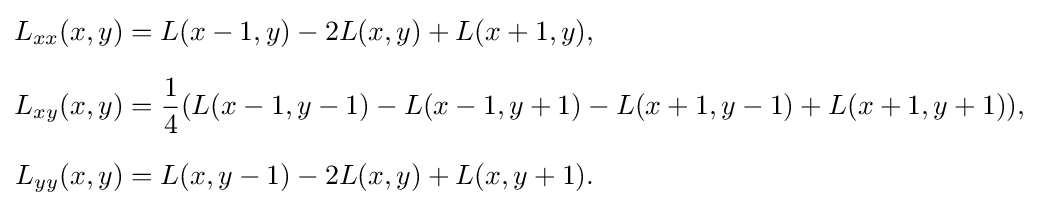
{\begin{aligned}L_{xx}(x,y)&=L(x-1,y)-2L(x,y)+L(x+1,y),\\[6pt]L_{xy}(x,y)&={\frac {1}{4}}(L(x-1,y-1)-L(x-1,y+1)-L(x+1,y-1)+L(x+1,y+1)),\\[6pt]L_{yy}(x,y)&=L(x,y-1)-2L(x,y)+L(x,y+1).\end{aligned}}